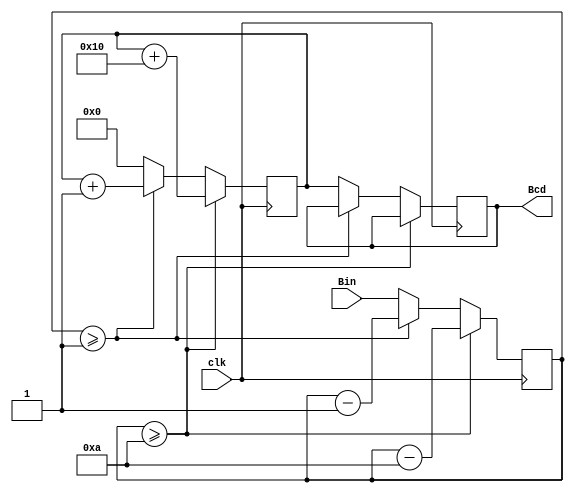
module Bin2Bcd(
	input clk,
	input [6:0] Bin,//0~99
	output reg [7:0] Bcd
);
	reg [6:0] BinTemp;
	reg [7:0] BcdTemp;

always@(posedge clk) begin
	if (BinTemp >= 7'd10) begin
		BinTemp <= BinTemp - 7'd10;
		BcdTemp <= BcdTemp + 8'h10;
	end
	else if (BinTemp >= 7'd1) begin
		BinTemp <= BinTemp - 7'd1;
		BcdTemp <= BcdTemp + 8'h01;
	end
	else begin
		BinTemp <= Bin;
		BcdTemp <= 8'b0;
		Bcd <= BcdTemp;
	end
end 
endmodule